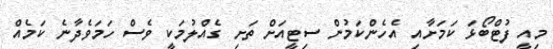
މިއީ ފުޓްބޯޅަ ކަމަށާއި އެހެންކަމުން ސިޓީއަށް ތަށި ގެއްލުމަކީ ވެސް ހަމަވެދާނެ ކަމެއް